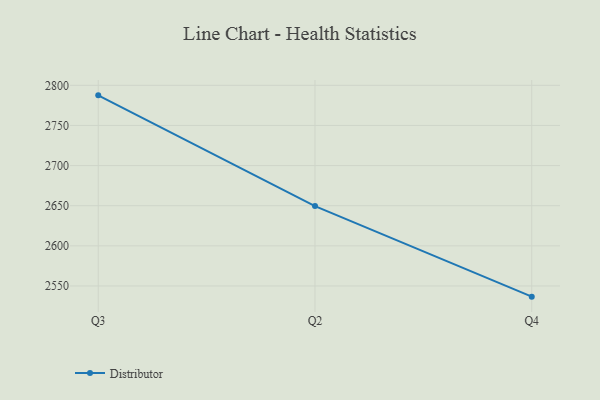
{"axis": {"x": "Quarter", "y": "Waste Production (Tons)"}, "legend": ["Distributor"], "data": [{"x": "Q3", "y": 2787.5, "type": "Distributor"}, {"x": "Q2", "y": 2649.5, "type": "Distributor"}, {"x": "Q4", "y": 2536.7, "type": "Distributor"}]}